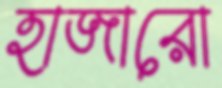
হাজারো